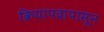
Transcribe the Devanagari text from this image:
क्रियापदापासून